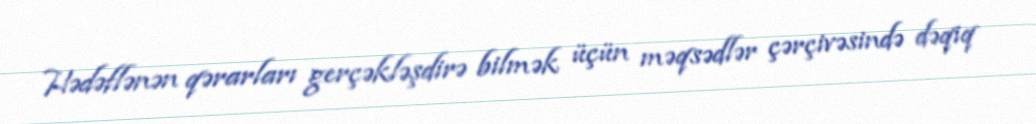
Hədəflənən qərarları gerçəkləşdirə bilmək üçün məqsədlər çərçivəsində dəqiq